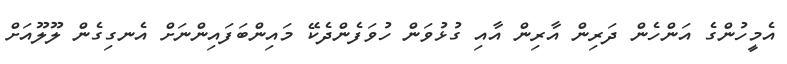
އެމީހުންގެ އަންހެން ދަރިން އާރިން އާއި ގުޅުވަން ހުވަފެންދެކޭ މައިންބަފައިންނަށް އެނގިގެން ލޫލޫއަށް